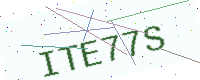
Text: ITE77S